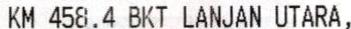
KM 458.4 BKT LANJAN UTARA,